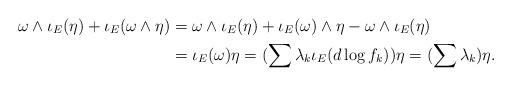
LaTeX: \begin{align*}\omega \wedge \iota_{E}(\eta) + \iota_{E}(\omega \wedge \eta) &= \omega \wedge \iota_{E}(\eta) + \iota_{E}(\omega) \wedge \eta - \omega \wedge \iota_{E}(\eta) \\ &= \iota_{E}(\omega) \eta = (\sum \lambda_{k} \iota_{E}(d \log f_{k}) )\eta = (\sum \lambda_{k}) \eta.\end{align*}